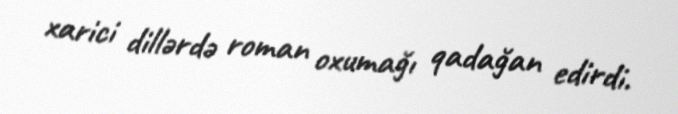
xarici dillərdə roman oxumağı qadağan edirdi.